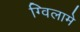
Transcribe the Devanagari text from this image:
ग्विलामे